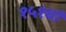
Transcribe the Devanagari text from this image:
१५१वाँ